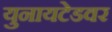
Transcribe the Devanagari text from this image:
युनायटेडवर